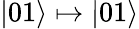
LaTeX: |01\rangle\mapsto|01\rangle